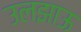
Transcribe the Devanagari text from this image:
उलझाऊ